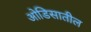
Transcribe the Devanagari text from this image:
ओडिसातील